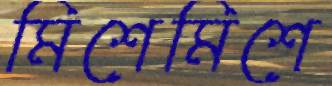
মিশেমিশে